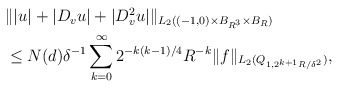
\begin{align*}\begin{aligned} &\||u|+|D_v u|+|D_v^2 u|\|_{L_2((-1,0)\times B_{R^3}\times B_R)}\\&\le N (d) \delta^{-1} \sum_{k=0}^\infty 2^{-k(k-1)/4}R^{-k}\|f\|_{L_2(Q_{1,2^{k+1}R/\delta^2})},\end{aligned}\end{align*}